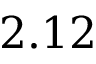
2 . 1 2